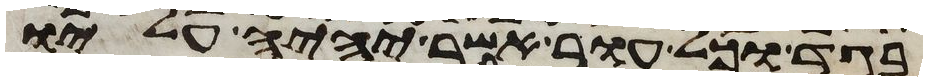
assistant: בגד וכל עור אשר יהיה עליו